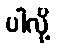
ပါလို့